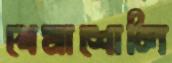
খেমাশোলি